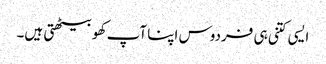
ایسی کتنی ہی فردوس اپنا آپ کھو بیٹھتی ہیں۔